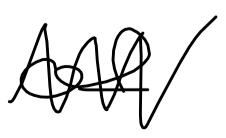
Text: of
Cross-out: zig-zag
Writing tool: digital_black